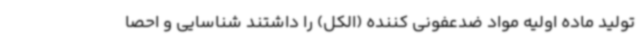
تولید ماده اولیه مواد ضدعفونی کننده (الکل) را داشتند شناسایی و احصا